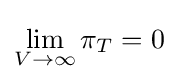
\lim _{V\to \infty }\pi _{T}=0